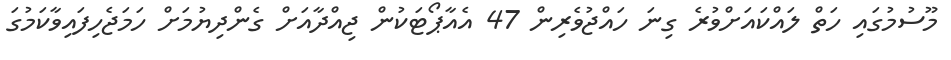
މޫސުމުގައި ހަތް ލައްކައަށްވުރެ ގިނަ ހައްޖުވެރިން 47 އެއާޕޯޓަކުން ޖިއްދާއަށް ގެންދިޔުމަށް ހަމަޖެހިފައިވާކަމުގަ